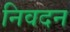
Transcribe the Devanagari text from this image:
निवदन